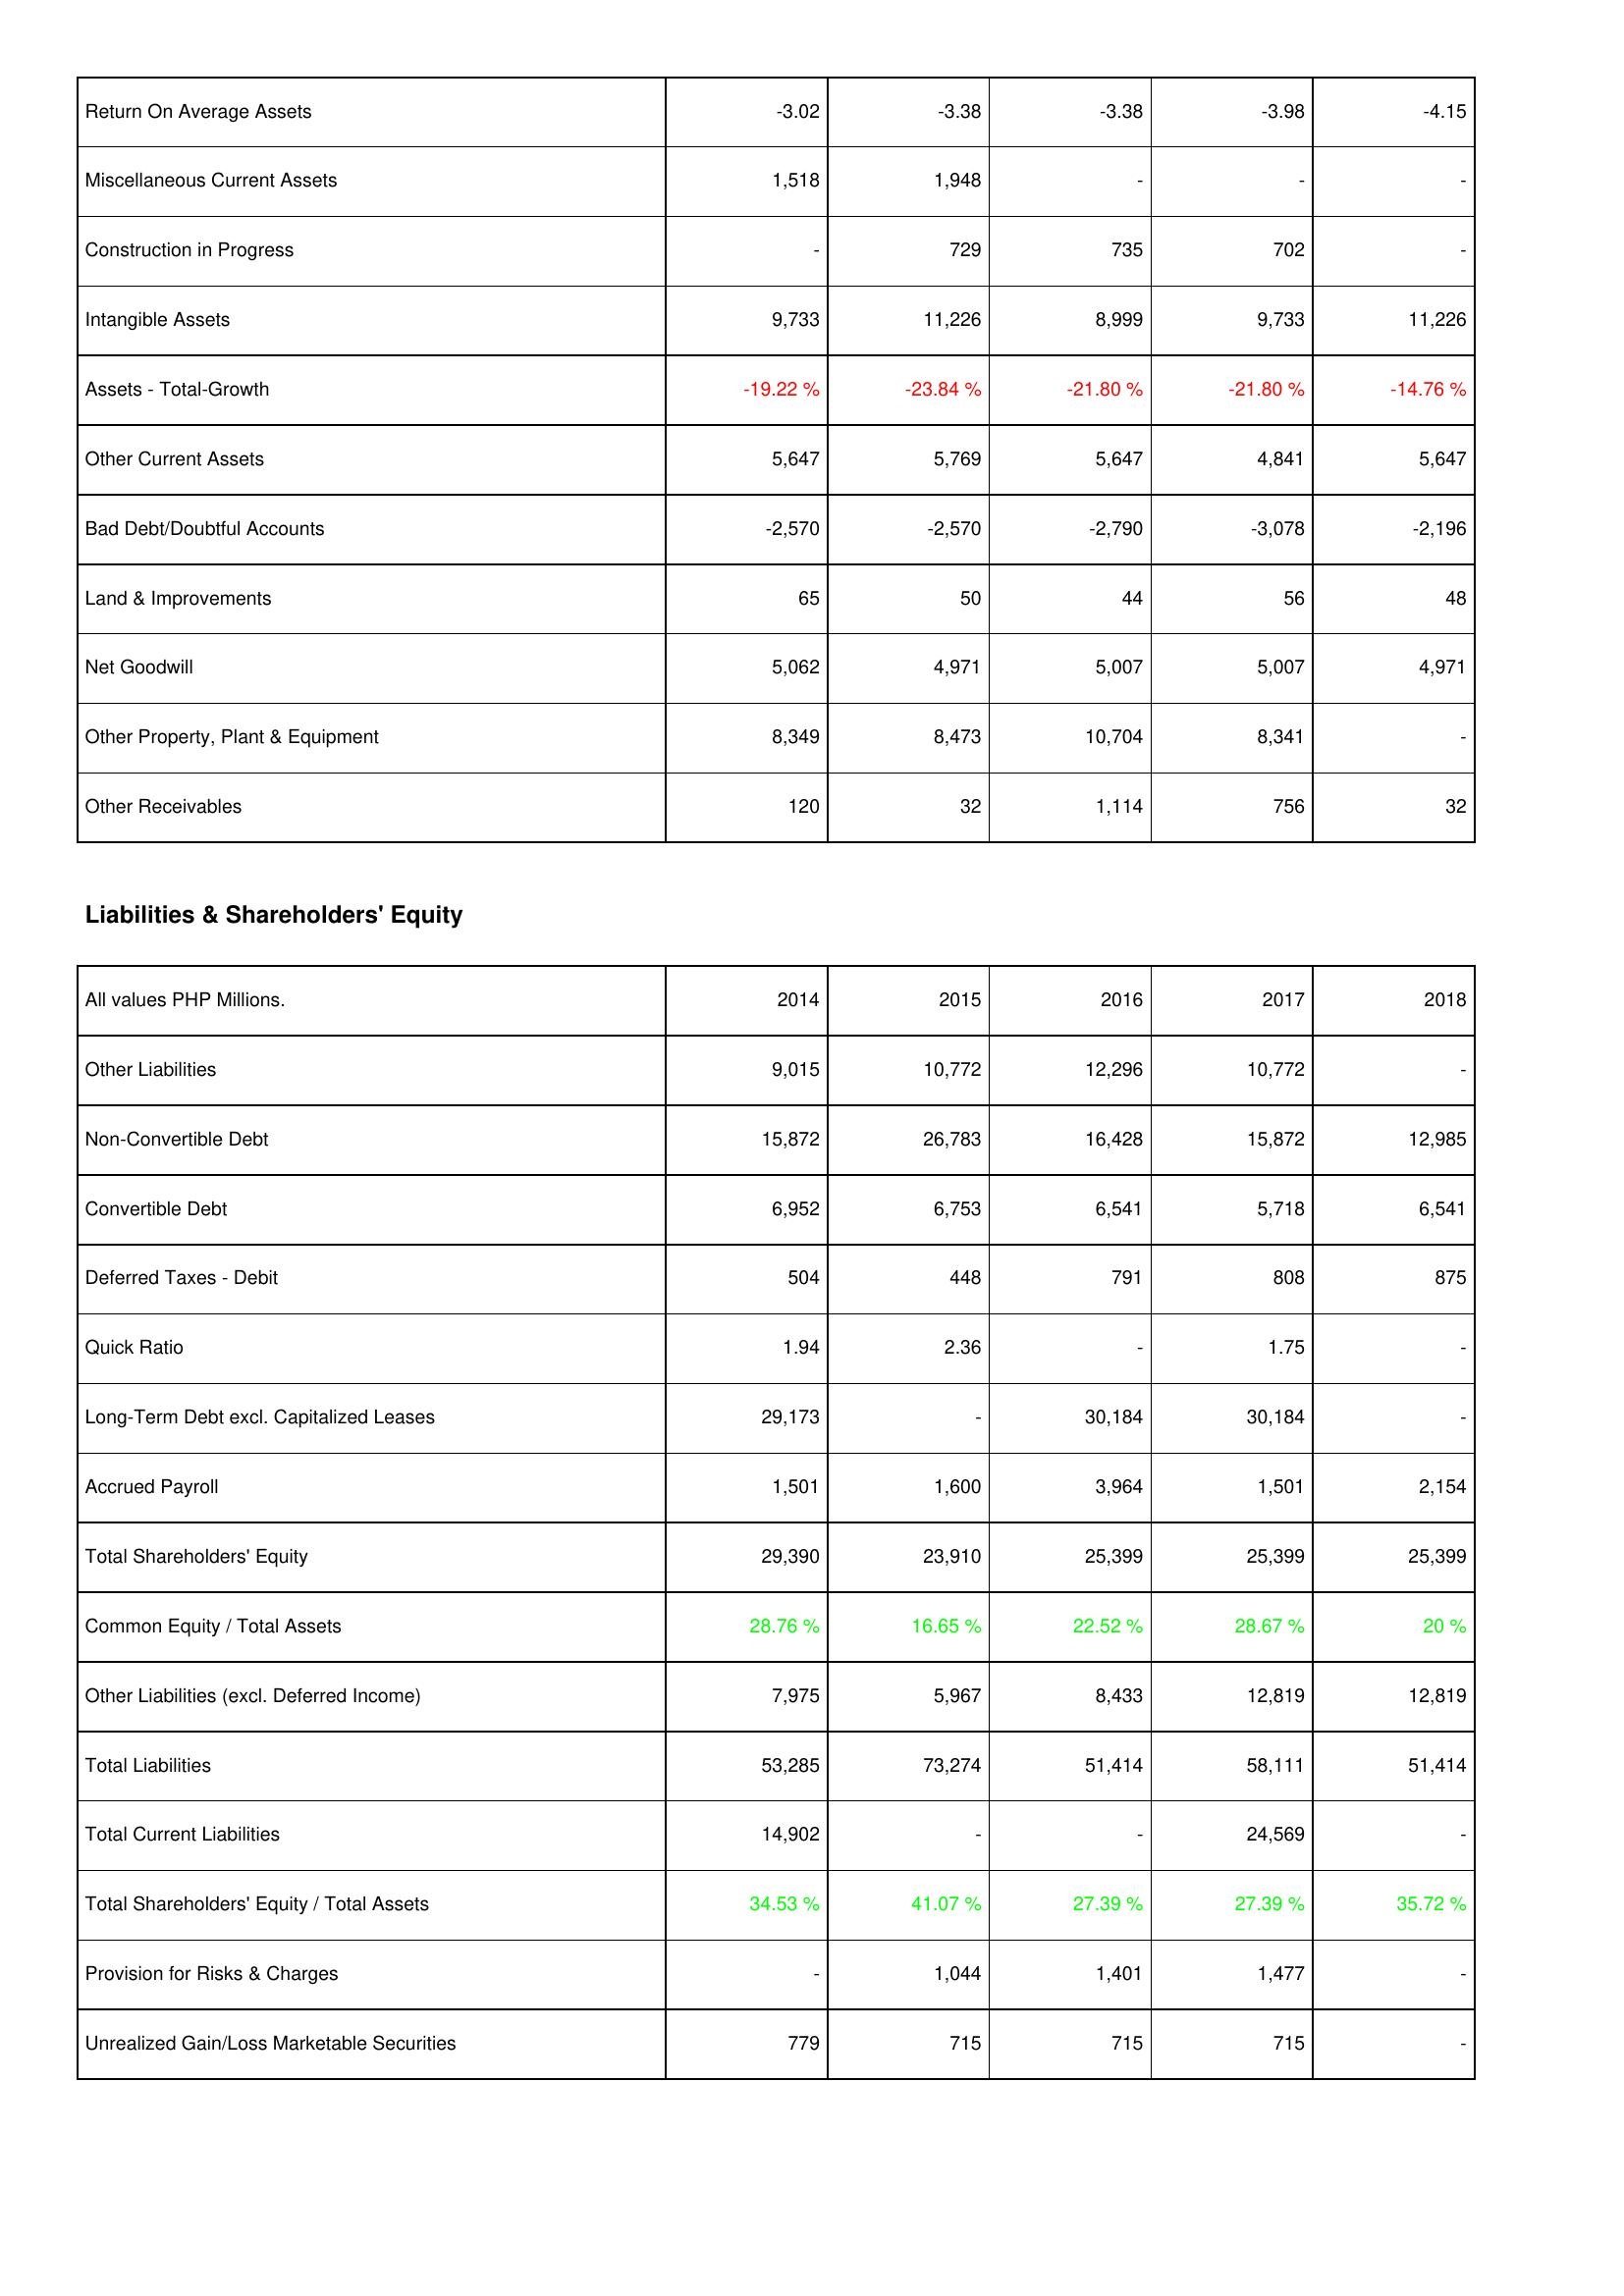
2014: Assets: Return On Average Assets: -3.02
Miscellaneous Current Assets: 1,518
Construction in Progress: -
Intangible Assets: 9,733
Assets - Total-Growth: -19.22 %
Other Current Assets: 5,647
Bad Debt/Doubtful Accounts: -2,570
Land & Improvements: 65
Net Goodwill: 5,062
Other Property, Plant & Equipment: 8,349
Other Receivables: 120
Liabilities & Shareholders' Equity: Other Liabilities: 9,015
Non-Convertible Debt: 15,872
Convertible Debt: 6,952
Deferred Taxes - Debit: 504
Quick Ratio: 1.94
Long-Term Debt excl. Capitalized Leases: 29,173
Accrued Payroll: 1,501
Total Shareholders' Equity: 29,390
Common Equity / Total Assets: 28.76 %
Other Liabilities (excl. Deferred Income): 7,975
Total Liabilities: 53,285
Total Current Liabilities: 14,902
Total Shareholders' Equity / Total Assets: 34.53 %
Provision for Risks & Charges: -
Unrealized Gain/Loss Marketable Securities: 779
2015: Assets: Return On Average Assets: -3.38
Miscellaneous Current Assets: 1,948
Construction in Progress: 729
Intangible Assets: 11,226
Assets - Total-Growth: -23.84 %
Other Current Assets: 5,769
Bad Debt/Doubtful Accounts: -2,570
Land & Improvements: 50
Net Goodwill: 4,971
Other Property, Plant & Equipment: 8,473
Other Receivables: 32
Liabilities & Shareholders' Equity: Other Liabilities: 10,772
Non-Convertible Debt: 26,783
Convertible Debt: 6,753
Deferred Taxes - Debit: 448
Quick Ratio: 2.36
Long-Term Debt excl. Capitalized Leases: -
Accrued Payroll: 1,600
Total Shareholders' Equity: 23,910
Common Equity / Total Assets: 16.65 %
Other Liabilities (excl. Deferred Income): 5,967
Total Liabilities: 73,274
Total Current Liabilities: -
Total Shareholders' Equity / Total Assets: 41.07 %
Provision for Risks & Charges: 1,044
Unrealized Gain/Loss Marketable Securities: 715
2016: Assets: Return On Average Assets: -3.38
Miscellaneous Current Assets: -
Construction in Progress: 735
Intangible Assets: 8,999
Assets - Total-Growth: -21.80 %
Other Current Assets: 5,647
Bad Debt/Doubtful Accounts: -2,790
Land & Improvements: 44
Net Goodwill: 5,007
Other Property, Plant & Equipment: 10,704
Other Receivables: 1,114
Liabilities & Shareholders' Equity: Other Liabilities: 12,296
Non-Convertible Debt: 16,428
Convertible Debt: 6,541
Deferred Taxes - Debit: 791
Quick Ratio: -
Long-Term Debt excl. Capitalized Leases: 30,184
Accrued Payroll: 3,964
Total Shareholders' Equity: 25,399
Common Equity / Total Assets: 22.52 %
Other Liabilities (excl. Deferred Income): 8,433
Total Liabilities: 51,414
Total Current Liabilities: -
Total Shareholders' Equity / Total Assets: 27.39 %
Provision for Risks & Charges: 1,401
Unrealized Gain/Loss Marketable Securities: 715
2017: Assets: Return On Average Assets: -3.98
Miscellaneous Current Assets: -
Construction in Progress: 702
Intangible Assets: 9,733
Assets - Total-Growth: -21.80 %
Other Current Assets: 4,841
Bad Debt/Doubtful Accounts: -3,078
Land & Improvements: 56
Net Goodwill: 5,007
Other Property, Plant & Equipment: 8,341
Other Receivables: 756
Liabilities & Shareholders' Equity: Other Liabilities: 10,772
Non-Convertible Debt: 15,872
Convertible Debt: 5,718
Deferred Taxes - Debit: 808
Quick Ratio: 1.75
Long-Term Debt excl. Capitalized Leases: 30,184
Accrued Payroll: 1,501
Total Shareholders' Equity: 25,399
Common Equity / Total Assets: 28.67 %
Other Liabilities (excl. Deferred Income): 12,819
Total Liabilities: 58,111
Total Current Liabilities: 24,569
Total Shareholders' Equity / Total Assets: 27.39 %
Provision for Risks & Charges: 1,477
Unrealized Gain/Loss Marketable Securities: 715
2018: Assets: Return On Average Assets: -4.15
Miscellaneous Current Assets: -
Construction in Progress: -
Intangible Assets: 11,226
Assets - Total-Growth: -14.76 %
Other Current Assets: 5,647
Bad Debt/Doubtful Accounts: -2,196
Land & Improvements: 48
Net Goodwill: 4,971
Other Property, Plant & Equipment: -
Other Receivables: 32
Liabilities & Shareholders' Equity: Other Liabilities: -
Non-Convertible Debt: 12,985
Convertible Debt: 6,541
Deferred Taxes - Debit: 875
Quick Ratio: -
Long-Term Debt excl. Capitalized Leases: -
Accrued Payroll: 2,154
Total Shareholders' Equity: 25,399
Common Equity / Total Assets: 20 %
Other Liabilities (excl. Deferred Income): 12,819
Total Liabilities: 51,414
Total Current Liabilities: -
Total Shareholders' Equity / Total Assets: 35.72 %
Provision for Risks & Charges: -
Unrealized Gain/Loss Marketable Securities: -